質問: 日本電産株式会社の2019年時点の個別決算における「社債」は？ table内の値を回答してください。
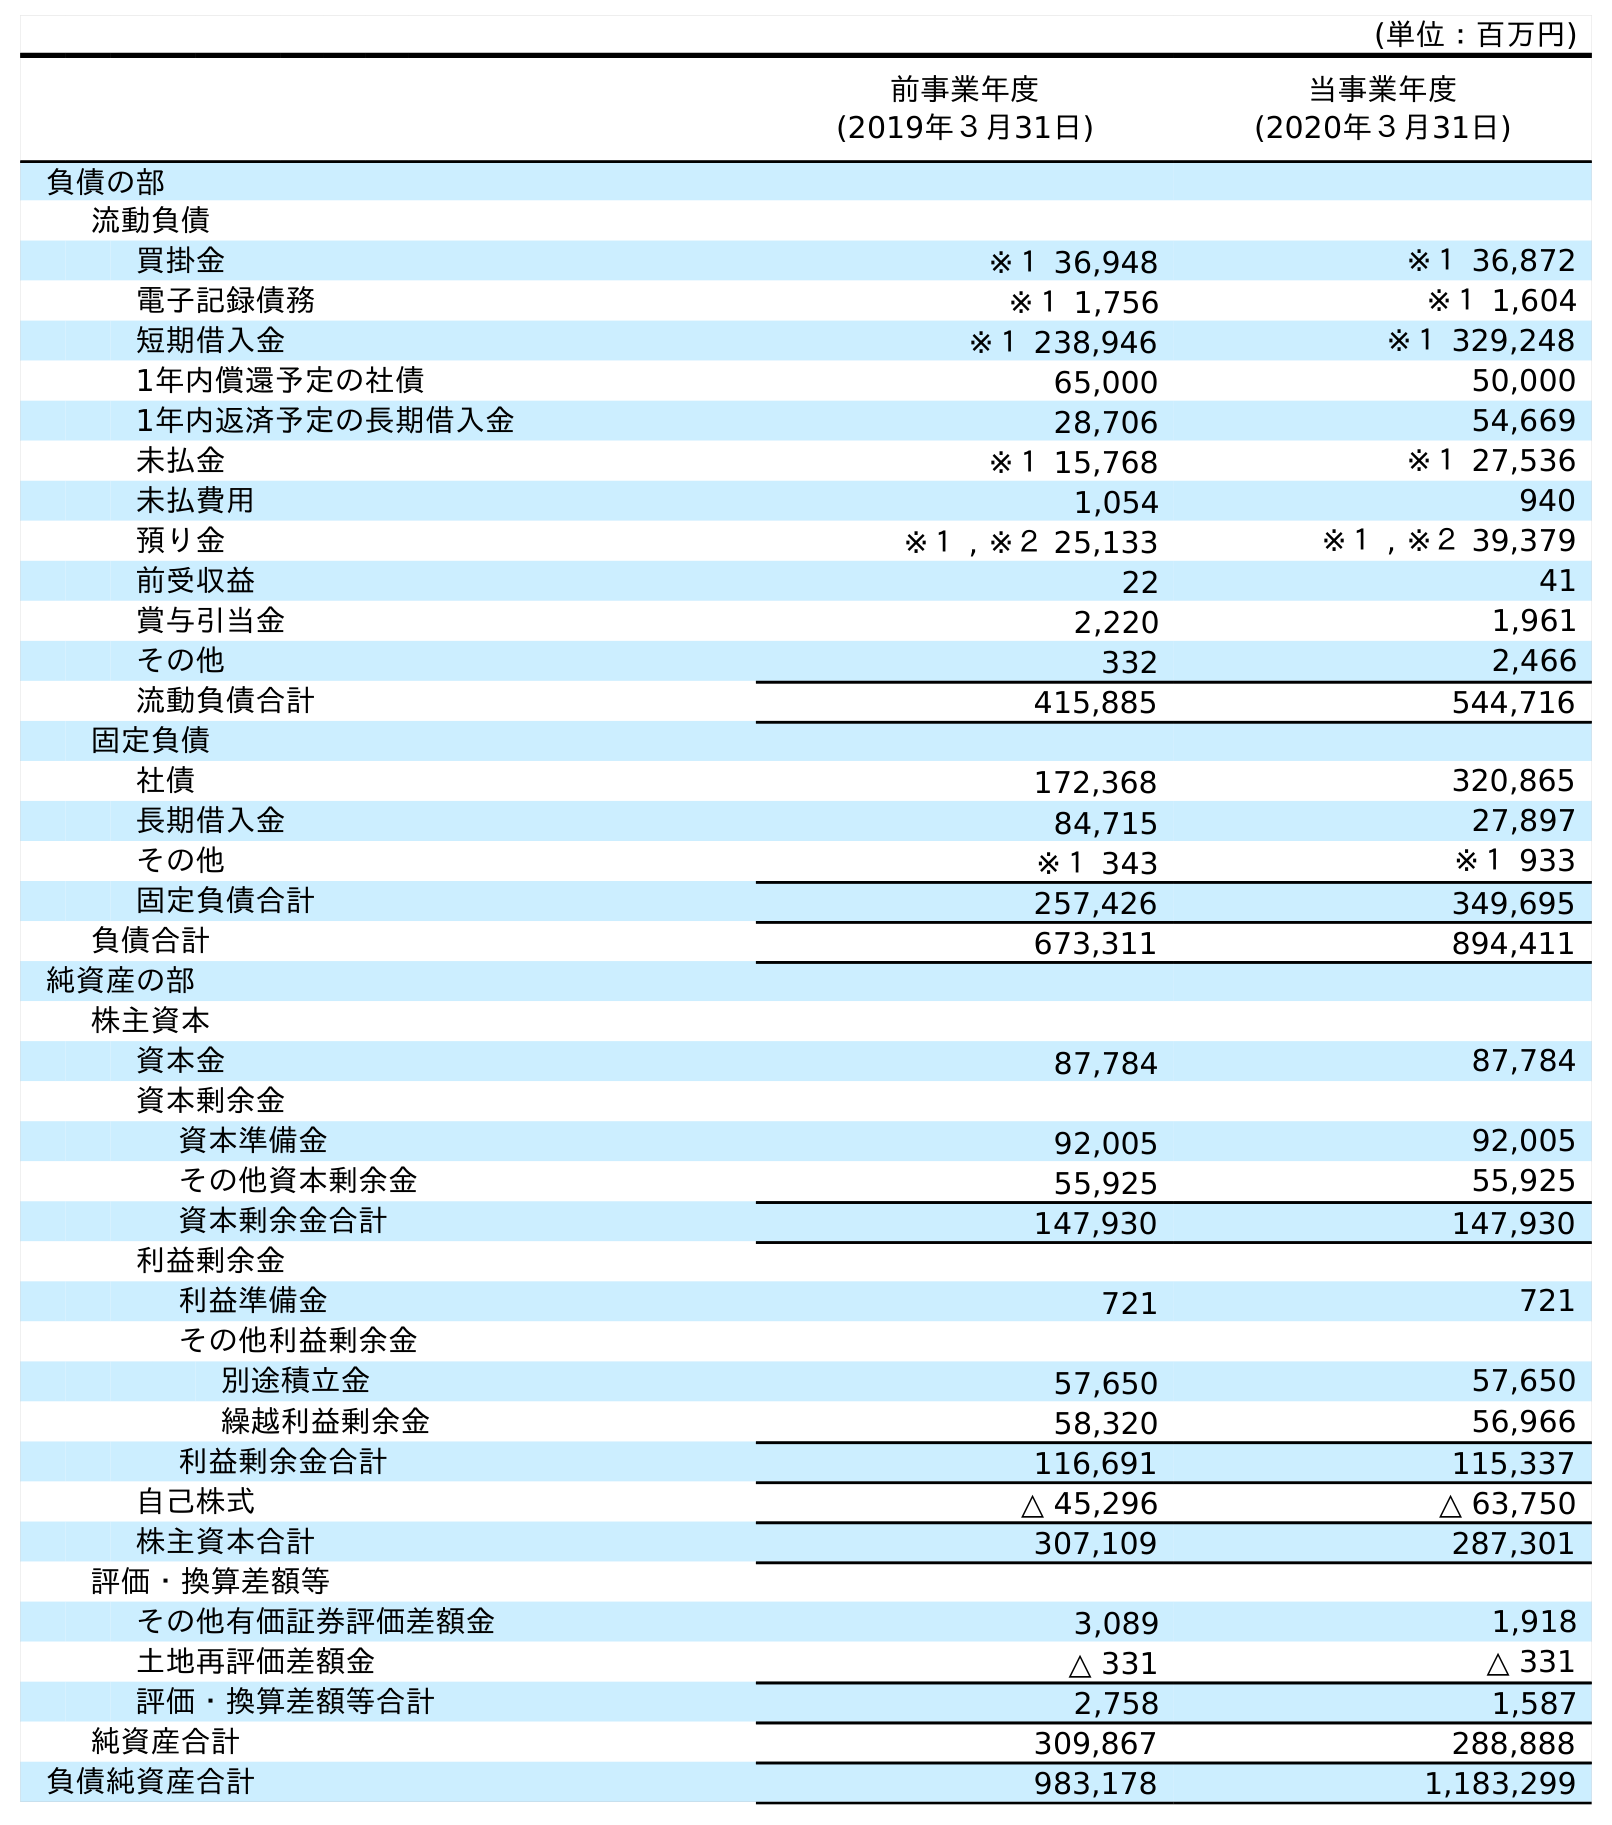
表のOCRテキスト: (単位：百万円) 前事業年度 (2019年３月31日) 当事業年度 (2020年３月31日) 負債の部 流動負債 買掛金 ※１ 36,948 ※１ 36,872 電子記録債務 ※１ 1,756 ※１ 1,604 短期借入金 ※１ 238,946 ※１ 329,248 1年内償還予定の社債 65,000 50,000 1年内返済予定の長期借入金 28,706 54,669 未払金 ※１ 15,768 ※１ 27,536 未払費用 1,054 940 預り金 ※１ , ※２ 25,133 ※１ , ※２ 39,379 前受収益 22 41 賞与引当金 2,220 1,961 その他 332 2,466 流動負債合計 415,885 544,716 固定負債 社債 172,368 320,865 長期借入金 84,715 27,897 その他 ※１ 343 ※１ 933 固定負債合計 257,426 349,695 負債合計 673,311 894,411 純資産の部 株主資本 資本金 87,784 87,784 資本剰余金 資本準備金 92,005 92,005 その他資本剰余金 55,925 55,925 資本剰余金合計 147,930 147,930 利益剰余金 利益準備金 721 721 その他利益剰余金 別途積立金 57,650 57,650 繰越利益剰余金 58,320 56,966 利益剰余金合計 116,691 115,337 自己株式 △ 45,296 △ 63,750 株主資本合計 307,109 287,301 評価・換算差額等 その他有価証券評価差額金 3,089 1,918 土地再評価差額金 △ 331 △ 331 評価・換算差額等合計 2,758 1,587 純資産合計 309,867 288,888 負債純資産合計 983,178 1,183,299
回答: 172,368